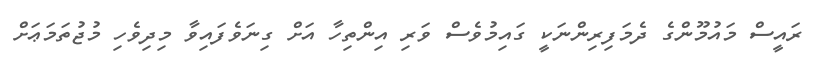
ރައީސް މައުމޫންގެ ދެމަފިރިންނަކީ ގައިމުވެސް ވަރި އިންތިހާ އަށް ގިނަވެފައިވާ މިދިވެހި މުޖުތަމަޢަށް